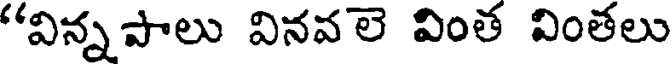
"విన్నపాలు వినవలె వింత వింతలు